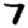
Digit: 7